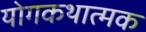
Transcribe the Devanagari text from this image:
योगकथात्मक